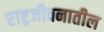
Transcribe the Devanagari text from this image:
राष्ट्रजीवनातील